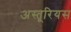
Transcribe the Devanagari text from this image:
अस्तूरियस